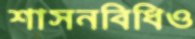
শাসনবিধিও